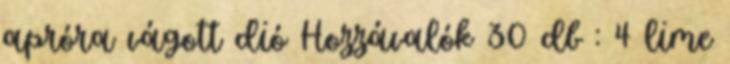
apróra vágott dió Hozzávalók 30 db : 4 lime